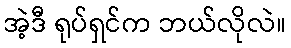
အဲ့ဒီ ရုပ်ရှင်က ဘယ်လိုလဲ။